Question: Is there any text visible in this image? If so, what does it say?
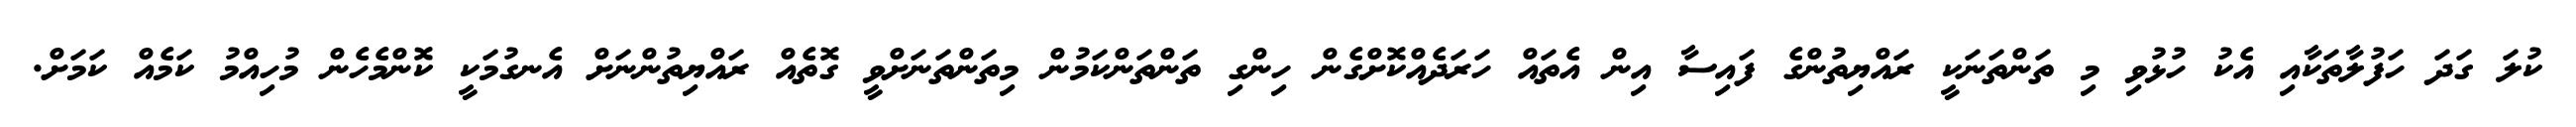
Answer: ކުލަ ގަދަ ހަފުލާތަކާއި އެކު ހުޅުވި މި ތަންތަނަކީ ރައްޔިތުންގެ ފައިސާ އިން އެތައް ހަރަދެއްކޮށްގެން ހިންގި ތަންތަންކަމުން މިތަންތަނަށްވީ ގޮތެއް ރައްޔިތުންނަށް އެނގުމަކީ ކޮންމެހެން މުހިއްމު ކަމެއް ކަމަށް.